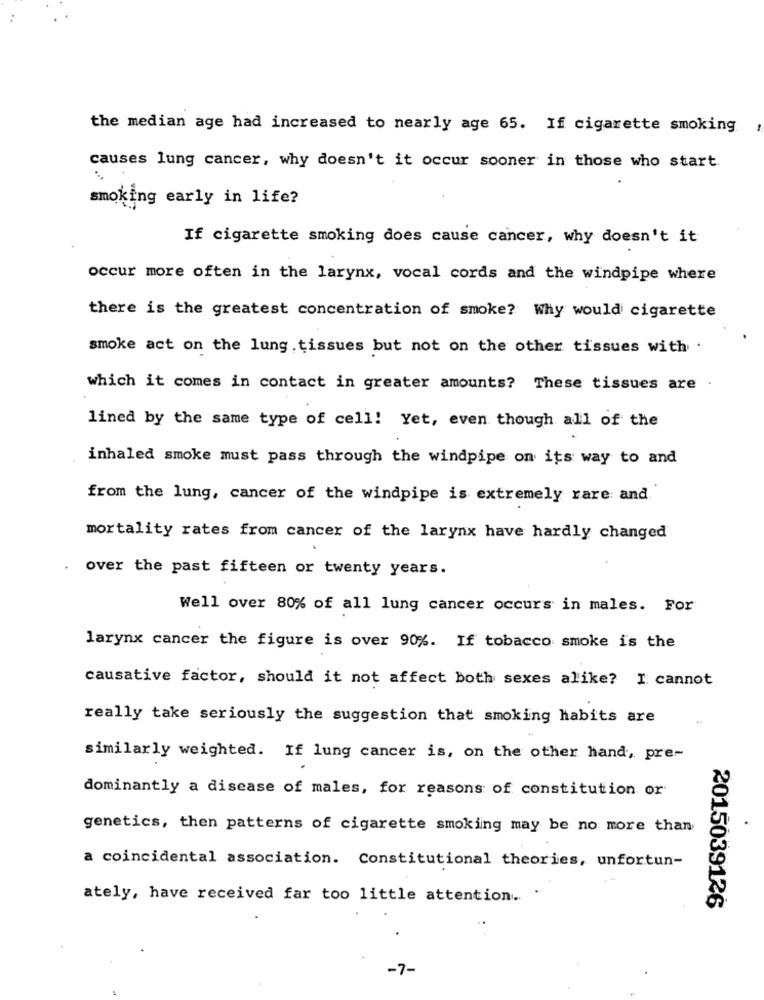
the median age had increased to nearly age 65. If cigarette smoking
causes lung cancer, why doesn't it occur sooner in those who start.
smoking early in life?
If cigarette smoking does cause cancer, why doesn't it
occur more often in the larynx, vocal cords and the windpipe where
there is the greatest concentration of smoke? Why would cigarette
smoke act on the lung tissues but not on the other tissues with .
which it comes in contact in greater amounts? These tissues are .
lined by the same type of cell! Yet, even though all of the
inhaled smoke must pass through the windpipe on its way to and
from the lung, cancer of the windpipe is extremely rare and
mortality rates from cancer of the larynx have hardly changed
over the past fifteen or twenty years.
Well over 80% of all lung cancer occurs in males. For
larynx cancer the figure is over 90%. If tobacco smoke is the
causative factor, should it not affect both sexes alike? I cannot
really take seriously the suggestion that smoking habits are
similarly weighted. If lung cancer is, on the other hand, pre-
dominantly a disease of males, for reasons of constitution or
genetics, then patterns of cigarette smoking may be no more than
a coincidental association. Constitutional theories, unfortun-
ately, have received far too little attention ..
2015039126
-7-